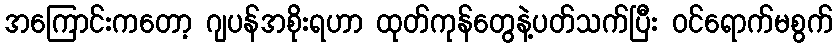
အကြောင်းကတော့ ဂျပန်အစိုးရဟာ ထုတ်ကုန်တွေနဲ့ပတ်သက်ပြီး ဝင်ရောက်မစွက်